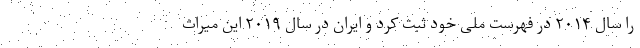
را سال ۲۰۱۴ در فهرست ملی خود ثبت کرد و ایران در سال ۲۰۱۹ این میراث